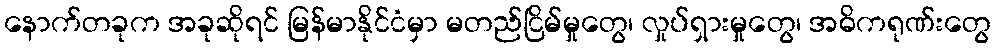
နောက်တခုက အခုဆိုရင် မြန်မာနိုင်ငံမှာ မတည်ငြိမ်မှုတွေ၊ လှုပ်ရှားမှုတွေ၊ အဓိကရုဏ်းတွေ